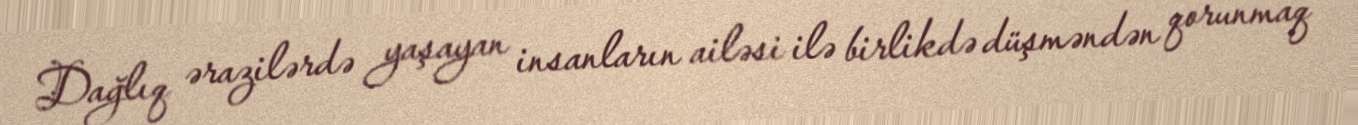
Dağlıq ərazilərdə yaşayan insanların ailəsi ilə birlikdə düşməndən qorunmaq